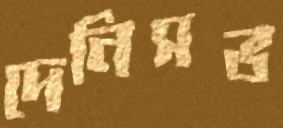
দেনিসভ